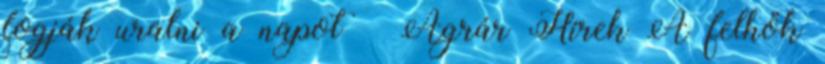
fogják uralni a napot – Agrár Hírek A felhők